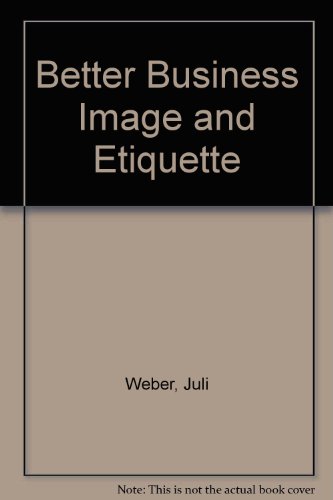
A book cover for Better Business Image and Etiquette; Juli Weber; Business & Money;